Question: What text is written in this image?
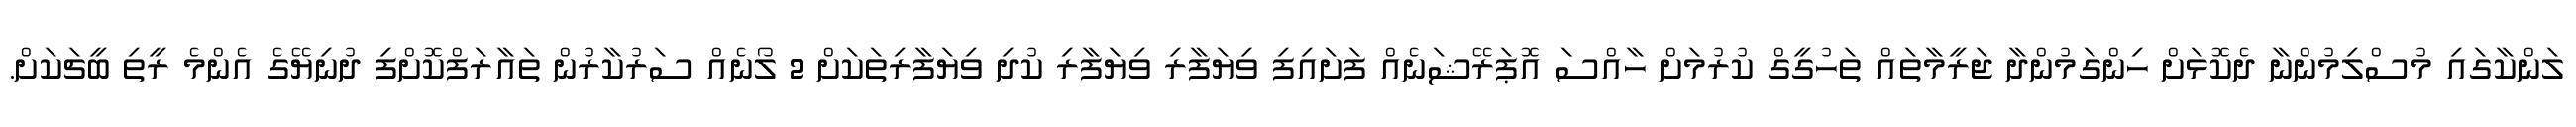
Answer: ލަންކާގައި މުސްލިމުންނާ ދެކޮޅަށް ހިންގަމުންދާ ޖަރީމާތައް ތަހުގީގް ކުރުމަށް ހާއްސަ އޮޕަރޭޝަނެއް ފަށައިފި ވިޔަފާރި ވިޔަފާރި ކުދި ވިޔަފާރިތަކަށް 2 ލޯނެއް ސަރުކާރުން ތައާރަފްކޮށްފި ދުނިޔޭގެ އެންމެ ރީތި ބީޗަކަށް.